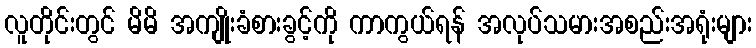
လူတိုင်းတွင် မိမိ အကျိုးခံစားခွင့်ကို ကာကွယ်ရန် အလုပ်သမားအစည်းအရုံးများ